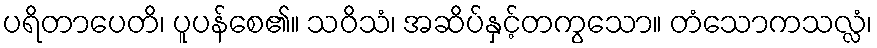
ပရိတာပေတိ၊ ပူပန်စေ၏။ သဝိသံ၊ အဆိပ်နှင့်တကွသော။ တံသောကသလ္လံ၊